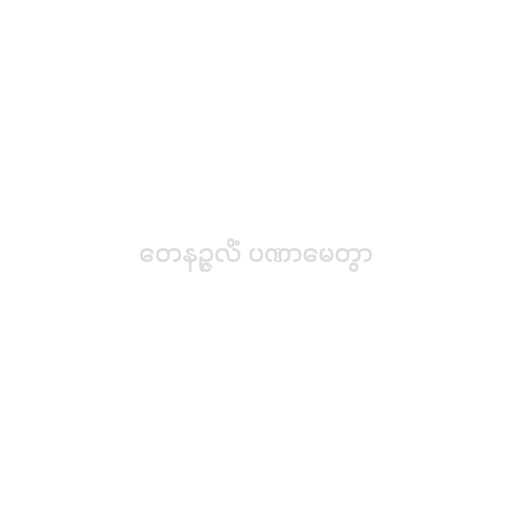
တေနဉ္ဇလိံ ပဏာမေတွာ